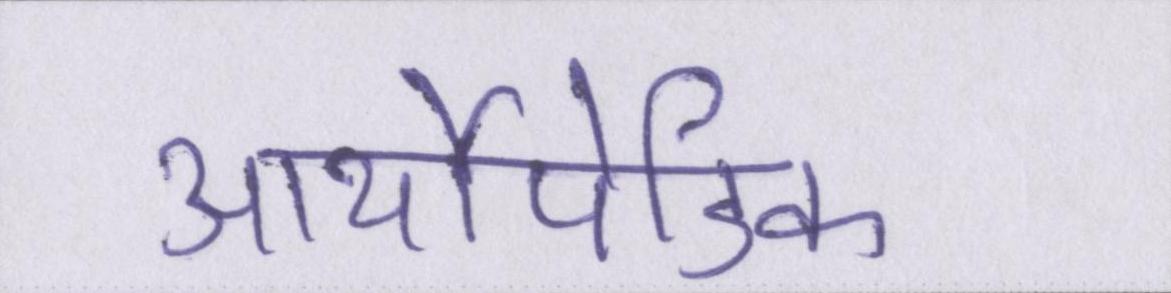
आर्थोपेडिक